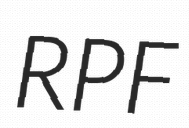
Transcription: RPF